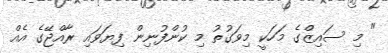
" މި ސައިޒްގެ މަހަކީ މިވަގުތު މި ކުންފުނިން ފިޔަވައި ރާއްޖޭގެ އެއް